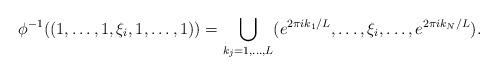
LaTeX: \begin{align*}\phi^{-1}((1, \ldots, 1, \xi_i, 1, \ldots , 1 )) = \bigcup_{k_j = 1, \dots , L} (e^{2 \pi i k_1/L }, \ldots, \xi_i, \ldots , e^{2 \pi i k_N/L } ).\end{align*}